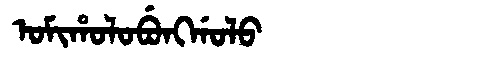
Manchu: ᠣᠮᡳᡥᠣᠯᠣᠪᡠᠩᡤᠣᠯᠣ
Romanization: OMIHOLOBUNGGOLO